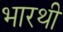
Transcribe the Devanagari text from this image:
भारथी